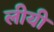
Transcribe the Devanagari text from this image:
लीयी